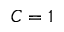
C = 1